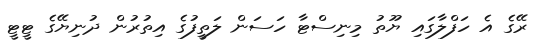
ރޭގެ އެ ހަފްލާގައި ޔޫތު މިނިސްޓާ ހަސަން ލަތީފުގެ އިތުރުން ދުނިޔޭގެ ޓީޓީ